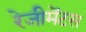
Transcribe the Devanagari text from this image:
रेजीमेंटस